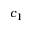
c _ { 1 }